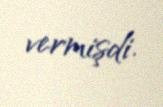
vermişdi.